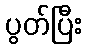
ပွတ်ပြီး